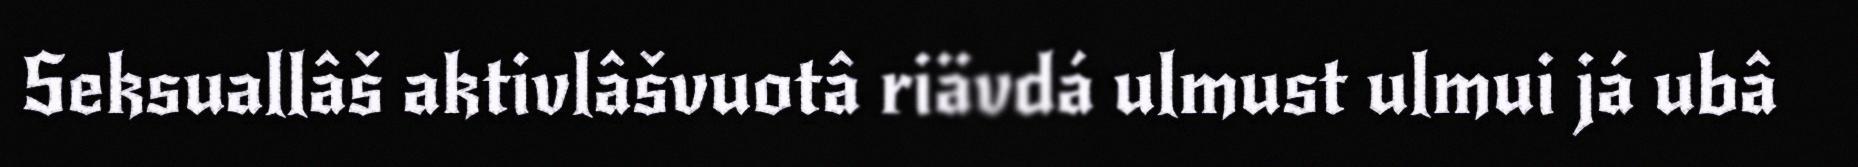
Seksuallâš aktivlâšvuotâ riävdá ulmust ulmui já ubâ